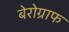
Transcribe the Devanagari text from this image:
बेरोग्राफ